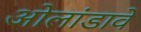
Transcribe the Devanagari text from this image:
ओलांडावे